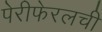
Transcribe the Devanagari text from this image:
पेरीफेरलची